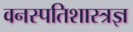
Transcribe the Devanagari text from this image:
वनस्पतिशास्त्रज्ञ